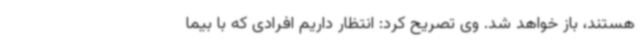
هستند، باز خواهد شد. وی تصریح کرد: انتظار داریم افرادی که با بیما